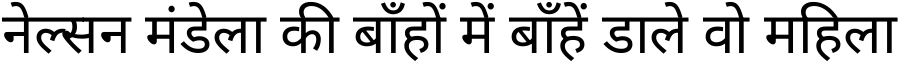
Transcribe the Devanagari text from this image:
नेल्सन मंडेला की बाँहों में बाँहें डाले वो महिला